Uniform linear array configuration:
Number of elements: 48
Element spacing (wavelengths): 0.5
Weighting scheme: hamming
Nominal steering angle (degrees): -15
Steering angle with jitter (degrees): -15.443
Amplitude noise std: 0.05
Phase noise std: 0.05

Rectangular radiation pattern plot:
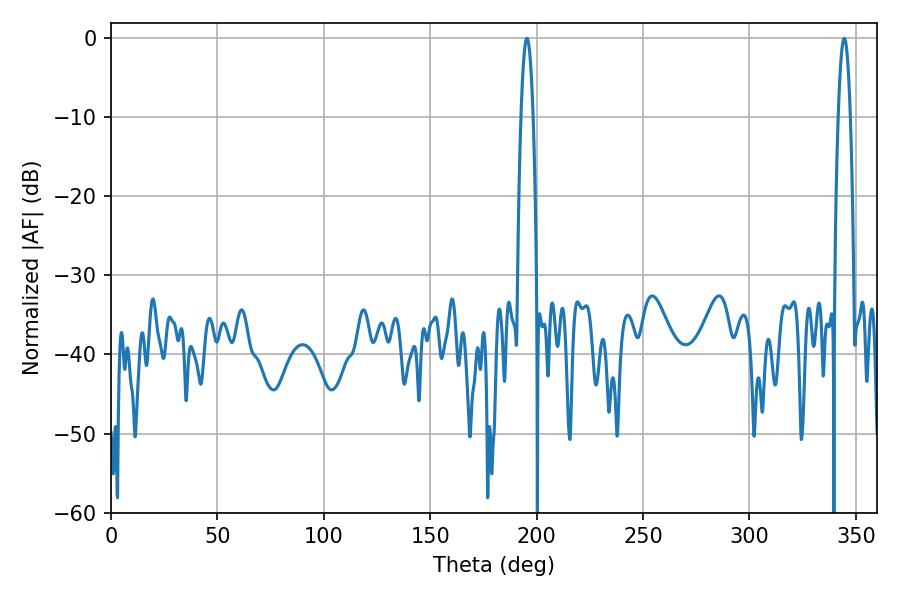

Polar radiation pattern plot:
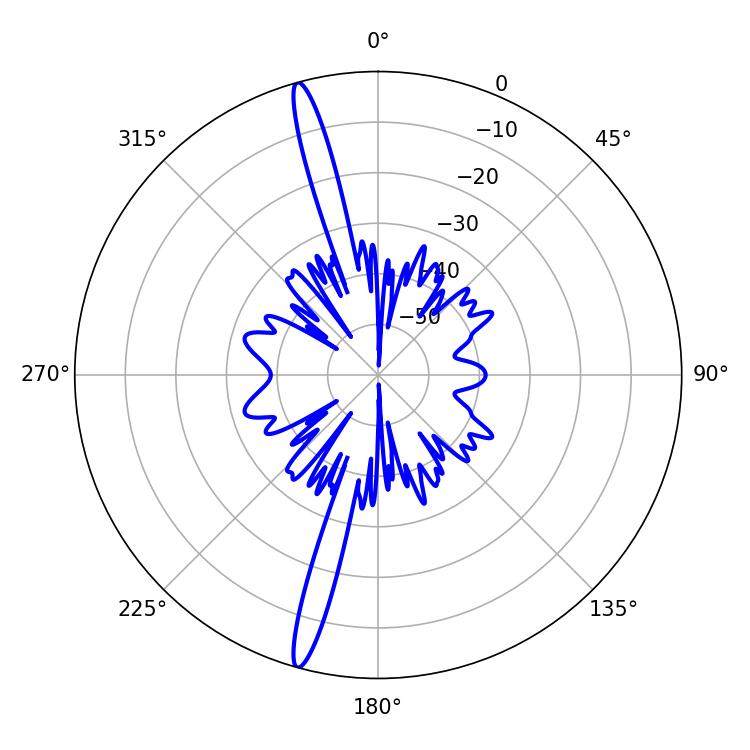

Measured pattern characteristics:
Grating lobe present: FALSE
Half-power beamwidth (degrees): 3.06
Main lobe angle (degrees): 195.48